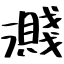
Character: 濺